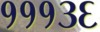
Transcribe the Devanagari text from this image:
१११३६